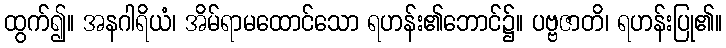
ထွက်၍။ အနဂါရိယံ၊ အိမ်ရာမထောင်သော ရဟန်း၏ဘောင်၌။ ပဗ္ဗဇာတိ၊ ရဟန်းပြု၏။